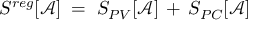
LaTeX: S ^ { r e g } [ { \mathcal A } ] \; = \; S _ { P V } [ { \mathcal A } ] \, + \, S _ { P C } [ { \mathcal A } ]